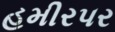
હમીરપર